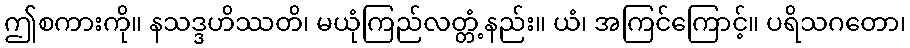
ဤစကားကို။ နသဒ္ဒဟိဿတိ၊ မယုံကြည်လတ္တံ့နည်း။ ယံ၊ အကြင်ကြောင့်။ ပရိသဂတော၊